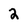
Character: 2